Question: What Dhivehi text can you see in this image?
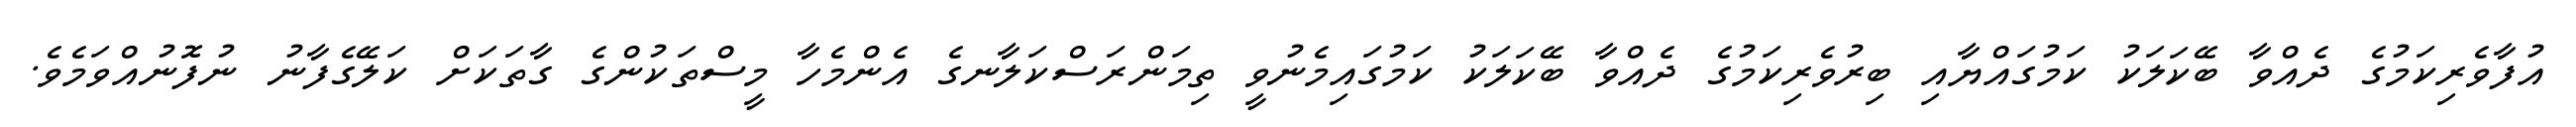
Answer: އުފާވެރިކަމުގެ ދެއްވާ ބޭކަލަކު ކަމުގައްޔާއި ބިރުވެރިކަމުގެ ދެއްވާ ބޭކަލަކު ކަމުގައިމެނުވީ ތިމަންރަސްކަލާނގެ އެންމެހާ މީސްތަކުންގެ ގާތަކަށް ކަލޭގެފާނު ނުފޮނުއްވަމެވެ.